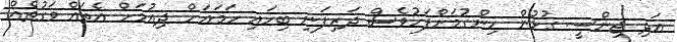
އަދި ޖިންސީ ގުޅުން ހިންގުމަށްފަހުވެސް ދަރިފަނި ބިހައި ހަމައަށް ދިއުމަށް އެތައް ވަގުތެއް